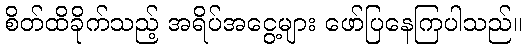
စိတ်ထိခိုက်သည့် အရိပ်အငွေ့များ ဖော်ပြနေကြပါသည်။